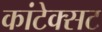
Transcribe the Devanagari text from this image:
कांटेक्सट